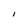
Character: I